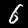
Label: 6